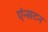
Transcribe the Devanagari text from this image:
एंन्सटन